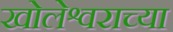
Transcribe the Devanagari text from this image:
खोलेश्वराच्या